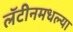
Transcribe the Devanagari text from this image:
लॅटीनमधल्या